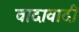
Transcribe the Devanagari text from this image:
वादावादी